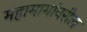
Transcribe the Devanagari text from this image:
महामागांवरील